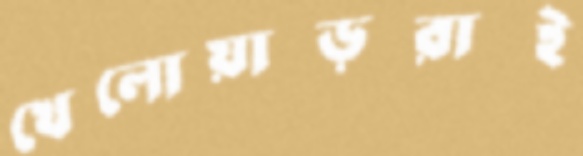
খেলোয়াড়রাই